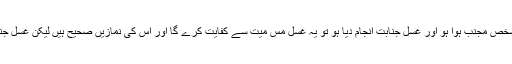
لہذا غسل مس میت کے بغیر پڑھی گئی نمازوں کی قضا بجا لائے لیکن اگر اس کے بعد یہ شخص مجنب ہوا ہو اور غسل جنابت انجام دیا ہو تو یہ غسل مس میت سے کفایت کرے گا اور اس کی نمازیں صحیح ہیں لیکن غسل جنابت کے علاوہ دوسرے غسل احتیاط واجب کی بنا پر غسل مس میت سے کفایت نہیں کرتے۔